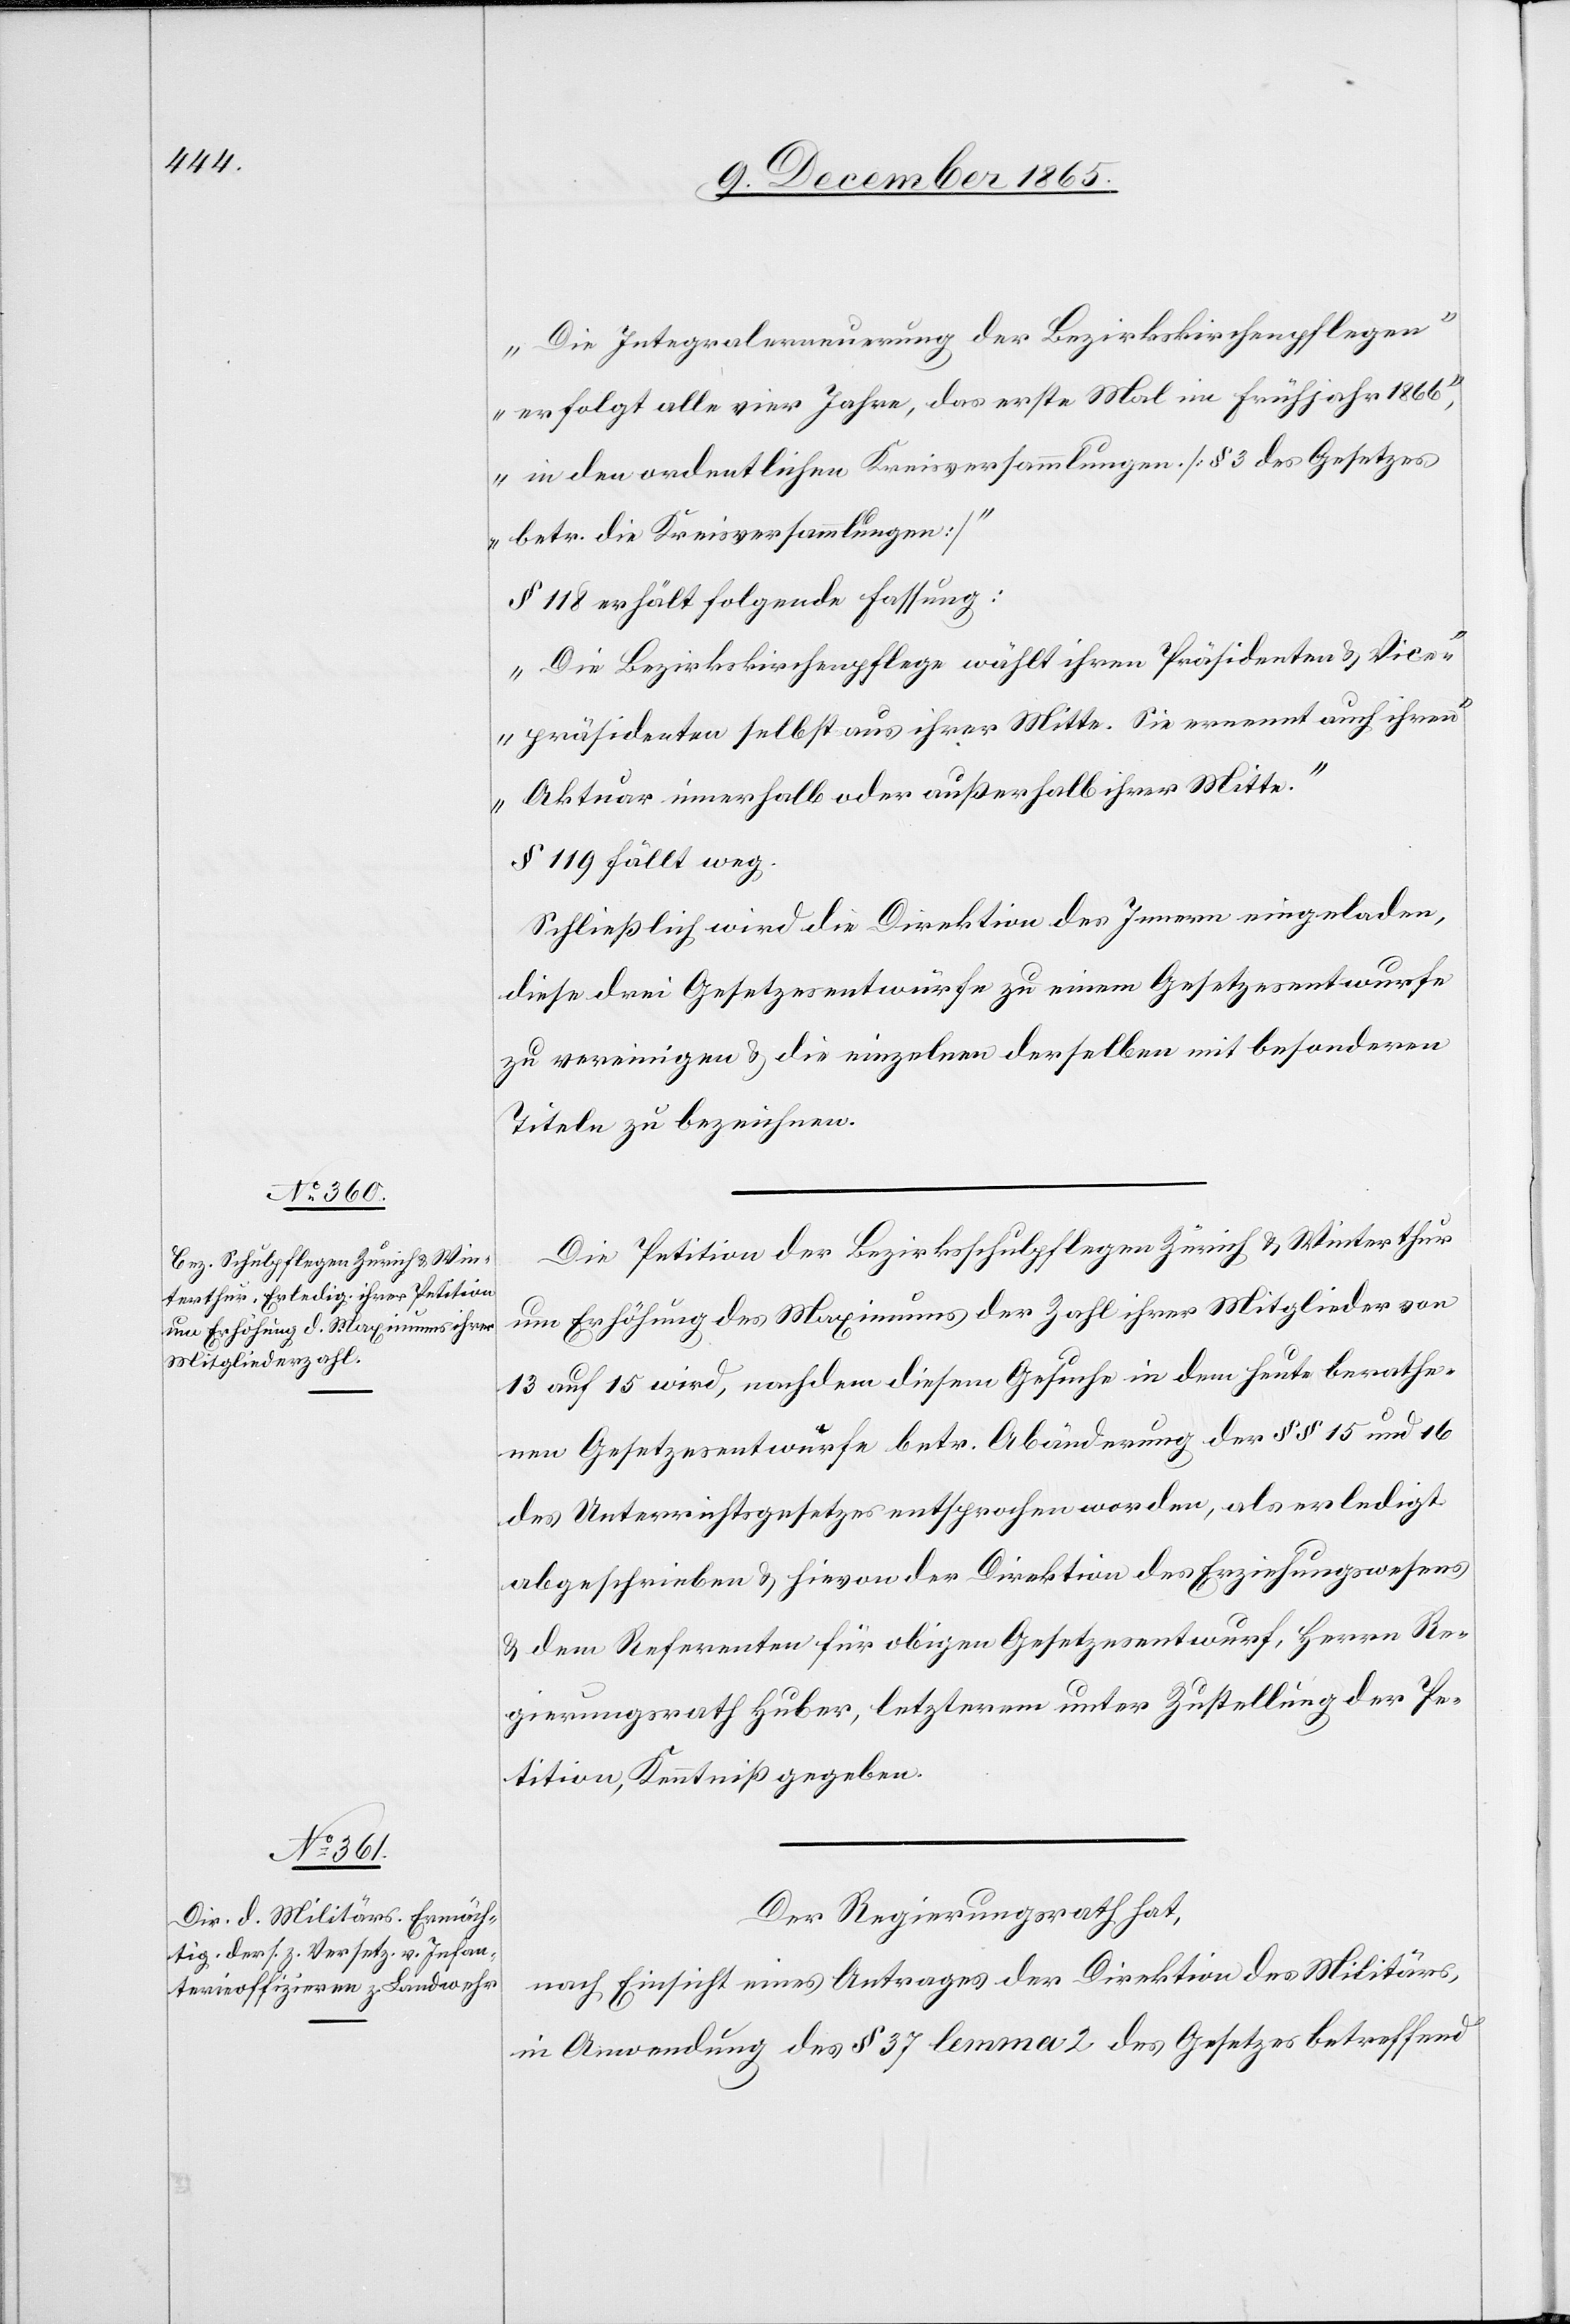
„Die Integralerneuerung der Bezirkskirchenpflegen
erfolgt alle vier Jahre, das erste Mal im Frühjahr 1866,
in den ordentlichen Kreisversammlungen. [§ 3 des Gesetzes
betr. die Kreisversammlungen]“
§ 118 erhält folgende Fassung:
„Die Bezirkskirchenpflege wählt ihren Präsidenten & Vice¬
präsidenten selbst aus ihrer Mitte. Sie ernennt auch ihren
Aktuar innerhalb oder außerhalb ihrer Mitte.“
§ 119 fällt weg.
Schließlich wird die Direktion des Innern eingeladen,
diese drei Gesetzesentwürfe zu einem Gesetzesentwurfe
zu vereinigen & die einzelnen derselben mit besonderen
Theilen zu bezeichnen.
Die Petition der Bezirksschulpflegen Zürich & Winterthur
um Erhöhung des Maximums der Zahl ihrer Mitglieder von
13 auf 15 wird, nachdem diesem Gesuche in dem heute berathe¬
nen Gesetzesentwurfe betr. Abänderung der §§ 15 und 16
des Unterrichtsgesetzes entsprochen worden, als erledigt
abgeschrieben & hievon der Direktion des Erziehungswesens
& dem Referenten für obigen Gesetzesentwurf, Herrn Re¬
gierungsrath Huber, letzterem unter Zustellung der Pe¬
tition, Kenntniß gegeben.
Der Regierungsrath hat,
nach Einsicht eines Antrages der Direktion des Militärs,
in Anwendung des § 37 lemma 2 des Gesetzes betreffend